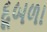
દૂબળા